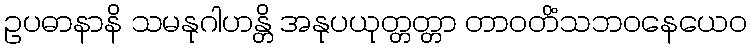
ဥပဓာနာနိ သမနုဂါဟန္တိ အနုပယုတ္တတ္တာ တာဝတိံသဘဝနေယေဝ